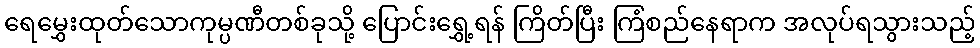
ရေမွှေးထုတ်သောကုမ္ပဏီတစ်ခုသို့ ပြောင်းရွှေ့ရန် ကြိတ်ပြီး ကြံစည်နေရာက အလုပ်ရသွားသည့်